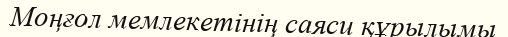
Моңғол мемлекетінің саяси құрылымы